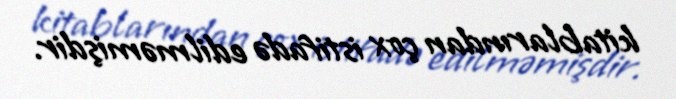
kitablarından çox istifadə edilməmişdir.